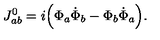
J _ { a b } ^ { 0 } = i \Big ( \Phi _ { a } \dot { \Phi } _ { b } - \Phi _ { b } \dot { \Phi } _ { a } \Big ) .